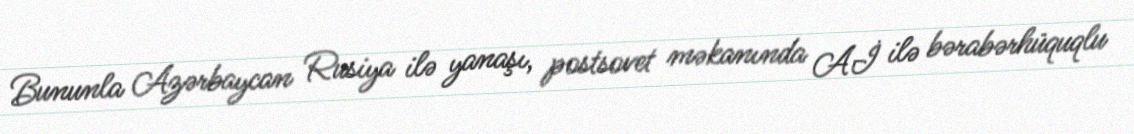
Bununla Azərbaycan Rusiya ilə yanaşı, postsovet məkanında Aİ ilə bərabərhüquqlu